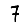
Digit: 7